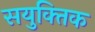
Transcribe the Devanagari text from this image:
सयुक्‍तिक